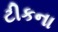
ટીકના